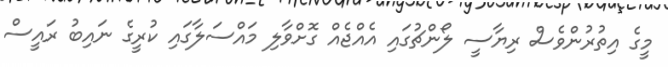
މީގެ އިތުރުންވެސް ރިޔާސީ ލޯންޗުގައި އެއްޖެއް ގޮށްވާލި މައްސަލާގައި ކުރީގެ ނައިބު ރައީސް